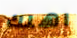
اهلك